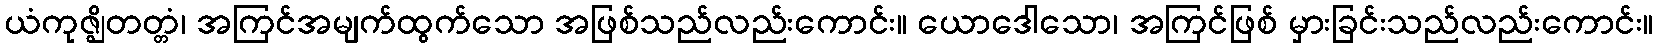
ယံကုဇ္ဈိတတ္တံ၊ အကြင်အမျက်ထွက်သော အဖြစ်သည်လည်းကောင်း။ ယောဒေါသော၊ အကြင်ဖြစ် မှားခြင်းသည်လည်းကောင်း။